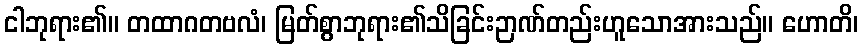
ငါဘုရား၏။ တထာဂတဗလံ၊ မြတ်စွာဘုရား၏သိခြင်းဉာဏ်တည်းဟူသောအားသည်။ ဟောတိ၊